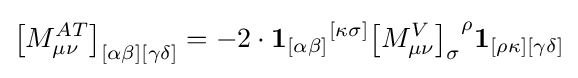
\left[M_{\mu \nu }^{AT}\right]_{[\alpha \beta ][\gamma \delta ]}=-2\cdot {\mathbf {1} _{[\alpha \beta ]}}^{[\kappa \sigma ]}{\left[M_{\mu \nu }^{V}\right]_{\sigma }}^{\rho }{\mathbf {1} }_{[\rho \kappa ][\gamma \delta ]}